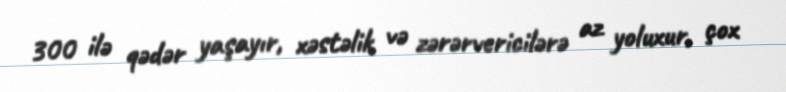
300 ilə qədər yaşayır, xəstəlik və zərərvericilərə az yoluxur, çox